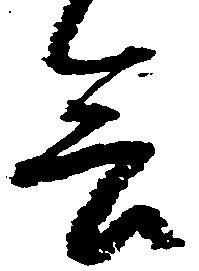
会